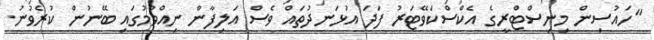
"ހައުސިން މިނިސްޓްރީގެ އެކްސްކަވޭޓަރު ފަދަ އުޅަނދުތައް ވެސް އަލިފާން ނިއްވުމުގައި ބޭނުން ކުރެވުނު.